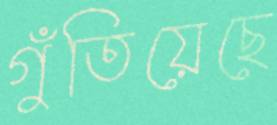
গুঁতিয়েছে